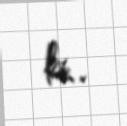
ki..